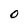
Character: O